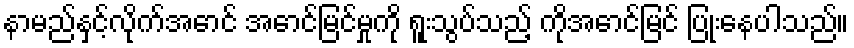
နာမည်နှင့်လိုက်အောင် အောင်မြင်မှုကို ရူးသွပ်သည့် ကိုအောင်မြင် ပြုံးနေပါသည်။